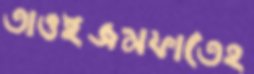
তাওইজমফাতেহ